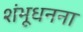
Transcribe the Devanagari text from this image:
शंभूधनना